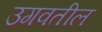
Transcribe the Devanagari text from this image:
उगवतील